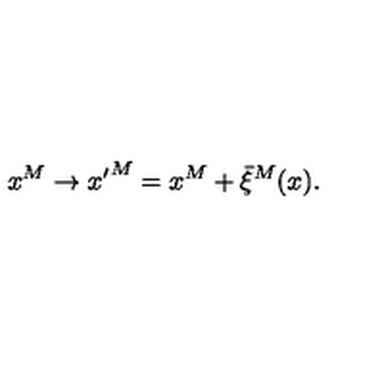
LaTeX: x ^ { M } \to { x ^ { \prime } } ^ { M } = x ^ { M } + \bar { \xi } ^ { M } ( x ) .